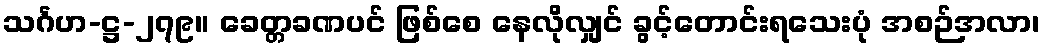
သင်္ဂဟ-ဋ္ဌ-၂၇၉။ ခေတ္တခဏပင် ဖြစ်စေ နေလိုလျှင် ခွင့်တောင်းရသေးပုံ အစဉ်အလာ၊